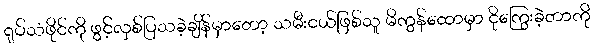
ရုပ်သံဖိုင်ကို ဖွင့်လှစ်ပြသခဲ့ချိန်မှာတော့ သမီးငယ်ဖြစ်သူ မိကွန်ထောမှာ ငိုကြွေးခဲ့တာကို